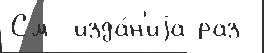
См -изда́н'иjа раз